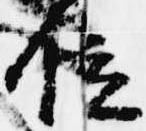
位